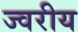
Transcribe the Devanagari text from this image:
ज्वरीय